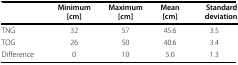
<table><thead><tr><td></td><td><b>Minimum[cm]</b></td><td><b>Maximum[cm]</b></td><td><b>Mean[cm]</b></td><td><b>Standard deviation</b></td></tr></thead><tbody><tr><td>TNG</td><td>32</td><td>57</td><td>45.6</td><td>3.5</td></tr><tr><td>TOG</td><td>26</td><td>50</td><td>40.6</td><td>3.4</td></tr><tr><td>Difference</td><td>0</td><td>10</td><td>5.0</td><td>1.3</td></tr></tbody></table>